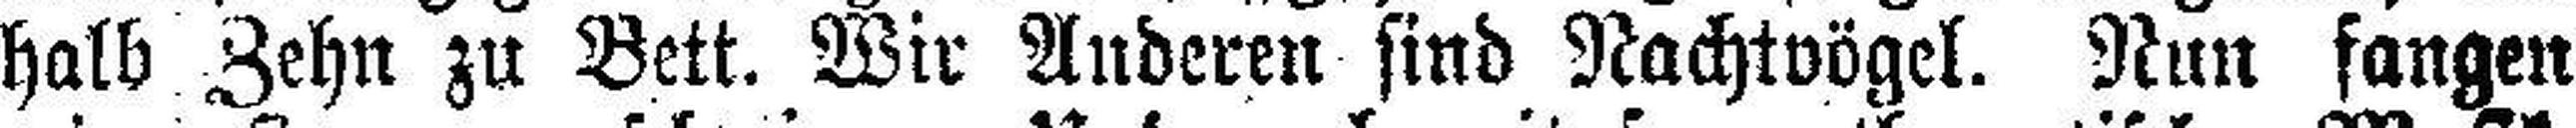
halb Zehn zu Bett. Wir Anderen sind Nachtvögel. Nun fangen